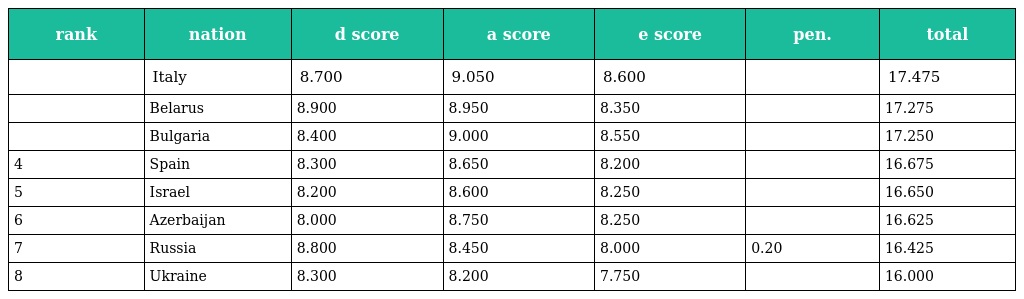
| rank | nation | d score | a score | e score | pen. | total |
 | --- | --- | --- | --- | --- | --- | --- |
 |  | Italy | 8.700 | 9.050 | 8.600 |  | 17.475 |
 |  | Belarus | 8.900 | 8.950 | 8.350 |  | 17.275 |
 |  | Bulgaria | 8.400 | 9.000 | 8.550 |  | 17.250 |
 | 4 | Spain | 8.300 | 8.650 | 8.200 |  | 16.675 |
 | 5 | Israel | 8.200 | 8.600 | 8.250 |  | 16.650 |
 | 6 | Azerbaijan | 8.000 | 8.750 | 8.250 |  | 16.625 |
 | 7 | Russia | 8.800 | 8.450 | 8.000 | 0.20 | 16.425 |
 | 8 | Ukraine | 8.300 | 8.200 | 7.750 |  | 16.000 |